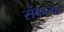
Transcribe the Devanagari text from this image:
संकल्‍पों